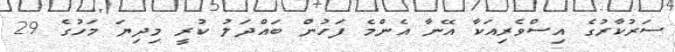
ސަރުކާރުގެ އިސްވެރިއަކާ އޭނާ އެންމެ ފަހުން ބައްދަލު ކުރީ މިދިޔަ މަހުގެ 29